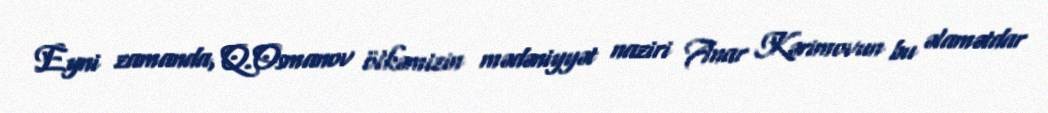
Eyni zamanda, Q.Osmanov ölkəmizin mədəniyyət naziri Anar Kərimovun bu əlamətdar